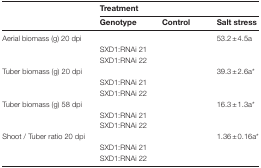
<table><thead><tr><td>[EMPTY_CELL]</td><td colspan="3"><b>Treatment</b></td></tr><tr><td>[EMPTY_CELL]</td><td><b>Genotype</b></td><td><b>Control</b></td><td><b>Salt stress</b></td></tr></thead><tbody><tr><td rowspan="3">Aerial biomass (g) 20 dpi</td><td>[EMPTY_CELL]</td><td>[EMPTY_CELL]</td><td>53.2±4.5a</td></tr><tr><td>SXD1:RNAi 21</td><td>[EMPTY_CELL]</td><td>[EMPTY_CELL]</td></tr><tr><td>SXD1:RNAi 22</td><td>[EMPTY_CELL]</td><td>[EMPTY_CELL]</td></tr><tr><td rowspan="3">Tuber biomass (g) 20 dpi</td><td>[EMPTY_CELL]</td><td>[EMPTY_CELL]</td><td>39.3±2.6a*</td></tr><tr><td>SXD1:RNAi 21</td><td>[EMPTY_CELL]</td><td>[EMPTY_CELL]</td></tr><tr><td>SXD1:RNAi 22</td><td>[EMPTY_CELL]</td><td>[EMPTY_CELL]</td></tr><tr><td rowspan="3">Tuber biomass (g) 58 dpi</td><td>[EMPTY_CELL]</td><td>[EMPTY_CELL]</td><td>16.3±1.3a*</td></tr><tr><td>SXD1:RNAi 21</td><td>[EMPTY_CELL]</td><td>[EMPTY_CELL]</td></tr><tr><td>SXD1:RNAi 22</td><td>[EMPTY_CELL]</td><td>[EMPTY_CELL]</td></tr><tr><td rowspan="3">Shoot / Tuber ratio 20 dpi</td><td>[EMPTY_CELL]</td><td>[EMPTY_CELL]</td><td>1.36±0.16a*</td></tr><tr><td>SXD1:RNAi 21</td><td>[EMPTY_CELL]</td><td>[EMPTY_CELL]</td></tr><tr><td>SXD1:RNAi 22</td><td>[EMPTY_CELL]</td><td>[EMPTY_CELL]</td></tr></tbody></table>